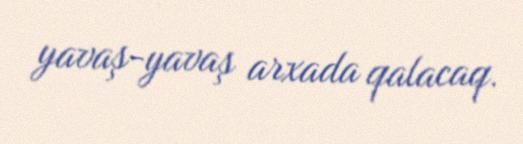
yavaş-yavaş arxada qalacaq.